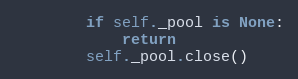
Language: Python
        if self._pool is None:
            return
        self._pool.close()